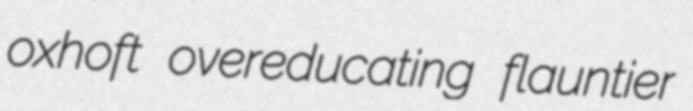
oxhoft overeducating flauntier